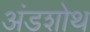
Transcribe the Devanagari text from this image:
अंडशोथ